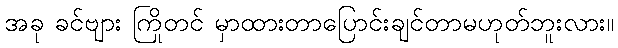
အခု ခင်ဗျား ကြိုတင် မှာထားတာပြောင်းချင်တာမဟုတ်ဘူးလား။